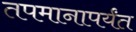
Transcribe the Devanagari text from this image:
तपमानापर्यंत